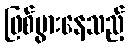
ဖြစ်ပွားနေသည့်